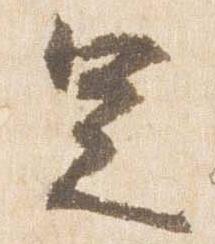
足